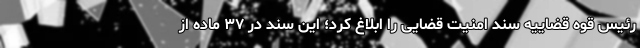
رئیس قوه قضاییه سند امنیت قضایی را ابلاغ کرد؛ این سند در ۳۷ ماده از